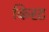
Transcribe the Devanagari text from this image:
किरट